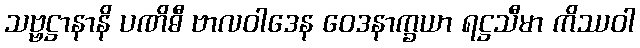
သဗ္ဗဋ္ဌာနာနိ ပဏိဓီ ဗာလဝါဒေန ဝေဒနာက္ခယာ ရဋ္ဌသီမာ ကိဿဝါ